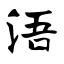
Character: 浯